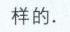
样的.